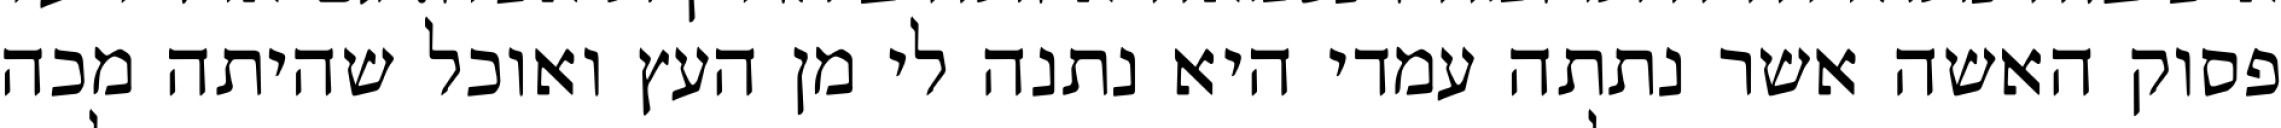
פסוק האשה אשר נתתה עמדי היא נתנה לי מן העץ ואוכל שהיתה מכה